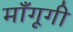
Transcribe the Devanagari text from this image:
माँगूगी